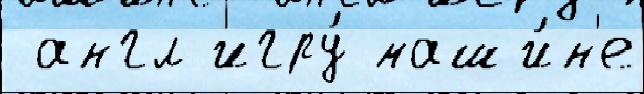
 англ игру́ маши́н'е